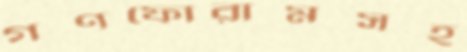
গণফোরামসহ